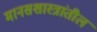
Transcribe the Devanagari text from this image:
मानसशास्त्रांतील